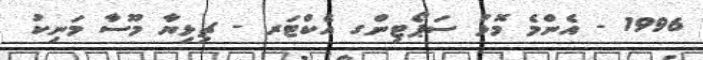
1996 - އެންމެ މޮޅު ސަޕޯޓިންގ އެކްޓަރ - ޗިޅިޔާ މޫސާ މަނިކު